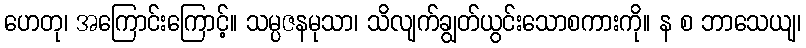
ဟေတု၊ အကြောင်းကြောင့်။ သမ္ပဇနမုသာ၊ သိလျက်ချွတ်ယွင်းသောစကားကို။ န စ ဘာသေယျ၊